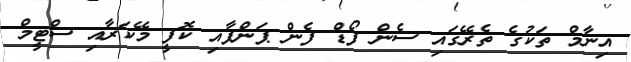
އިނާމް ތަކުގެ ތެރޭގައި ސެން ފޯޑް ފެން ޕަންޕާއި ކޮފީ މޭކަރާއި ސްޓީމް